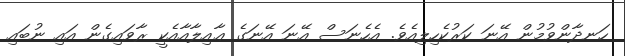
ހަނދާންވުމުން އޭނަ ކަރުކެހިލިއެވެ. އެހެނަސް އޭނަ އޭނަގެ ޢާއިލާއާއެކީ ރާވައިގެން އައި ނުބައި